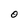
Character: O